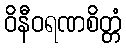
ဝိနီဝရဏစိတ္တံ